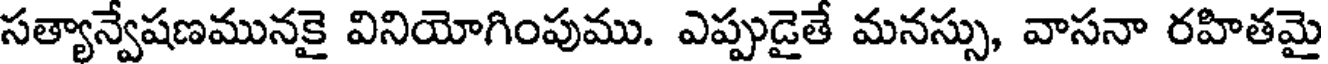
సత్యాన్వేషణమునకై వినియోగింపుము. ఎప్పుడైతే మనస్సు, వాసనా రహితమై